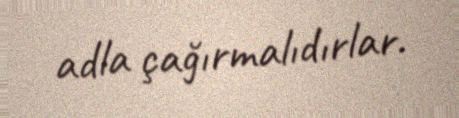
adla çağırmalıdırlar.